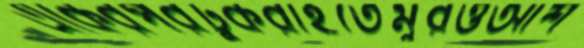
একেরপরটুকরাইতৈমুরওআশ